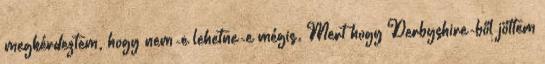
megkérdeztem, hogy nem-e lehetne-e mégis. Mert hogy Derbyshire-ből jöttem